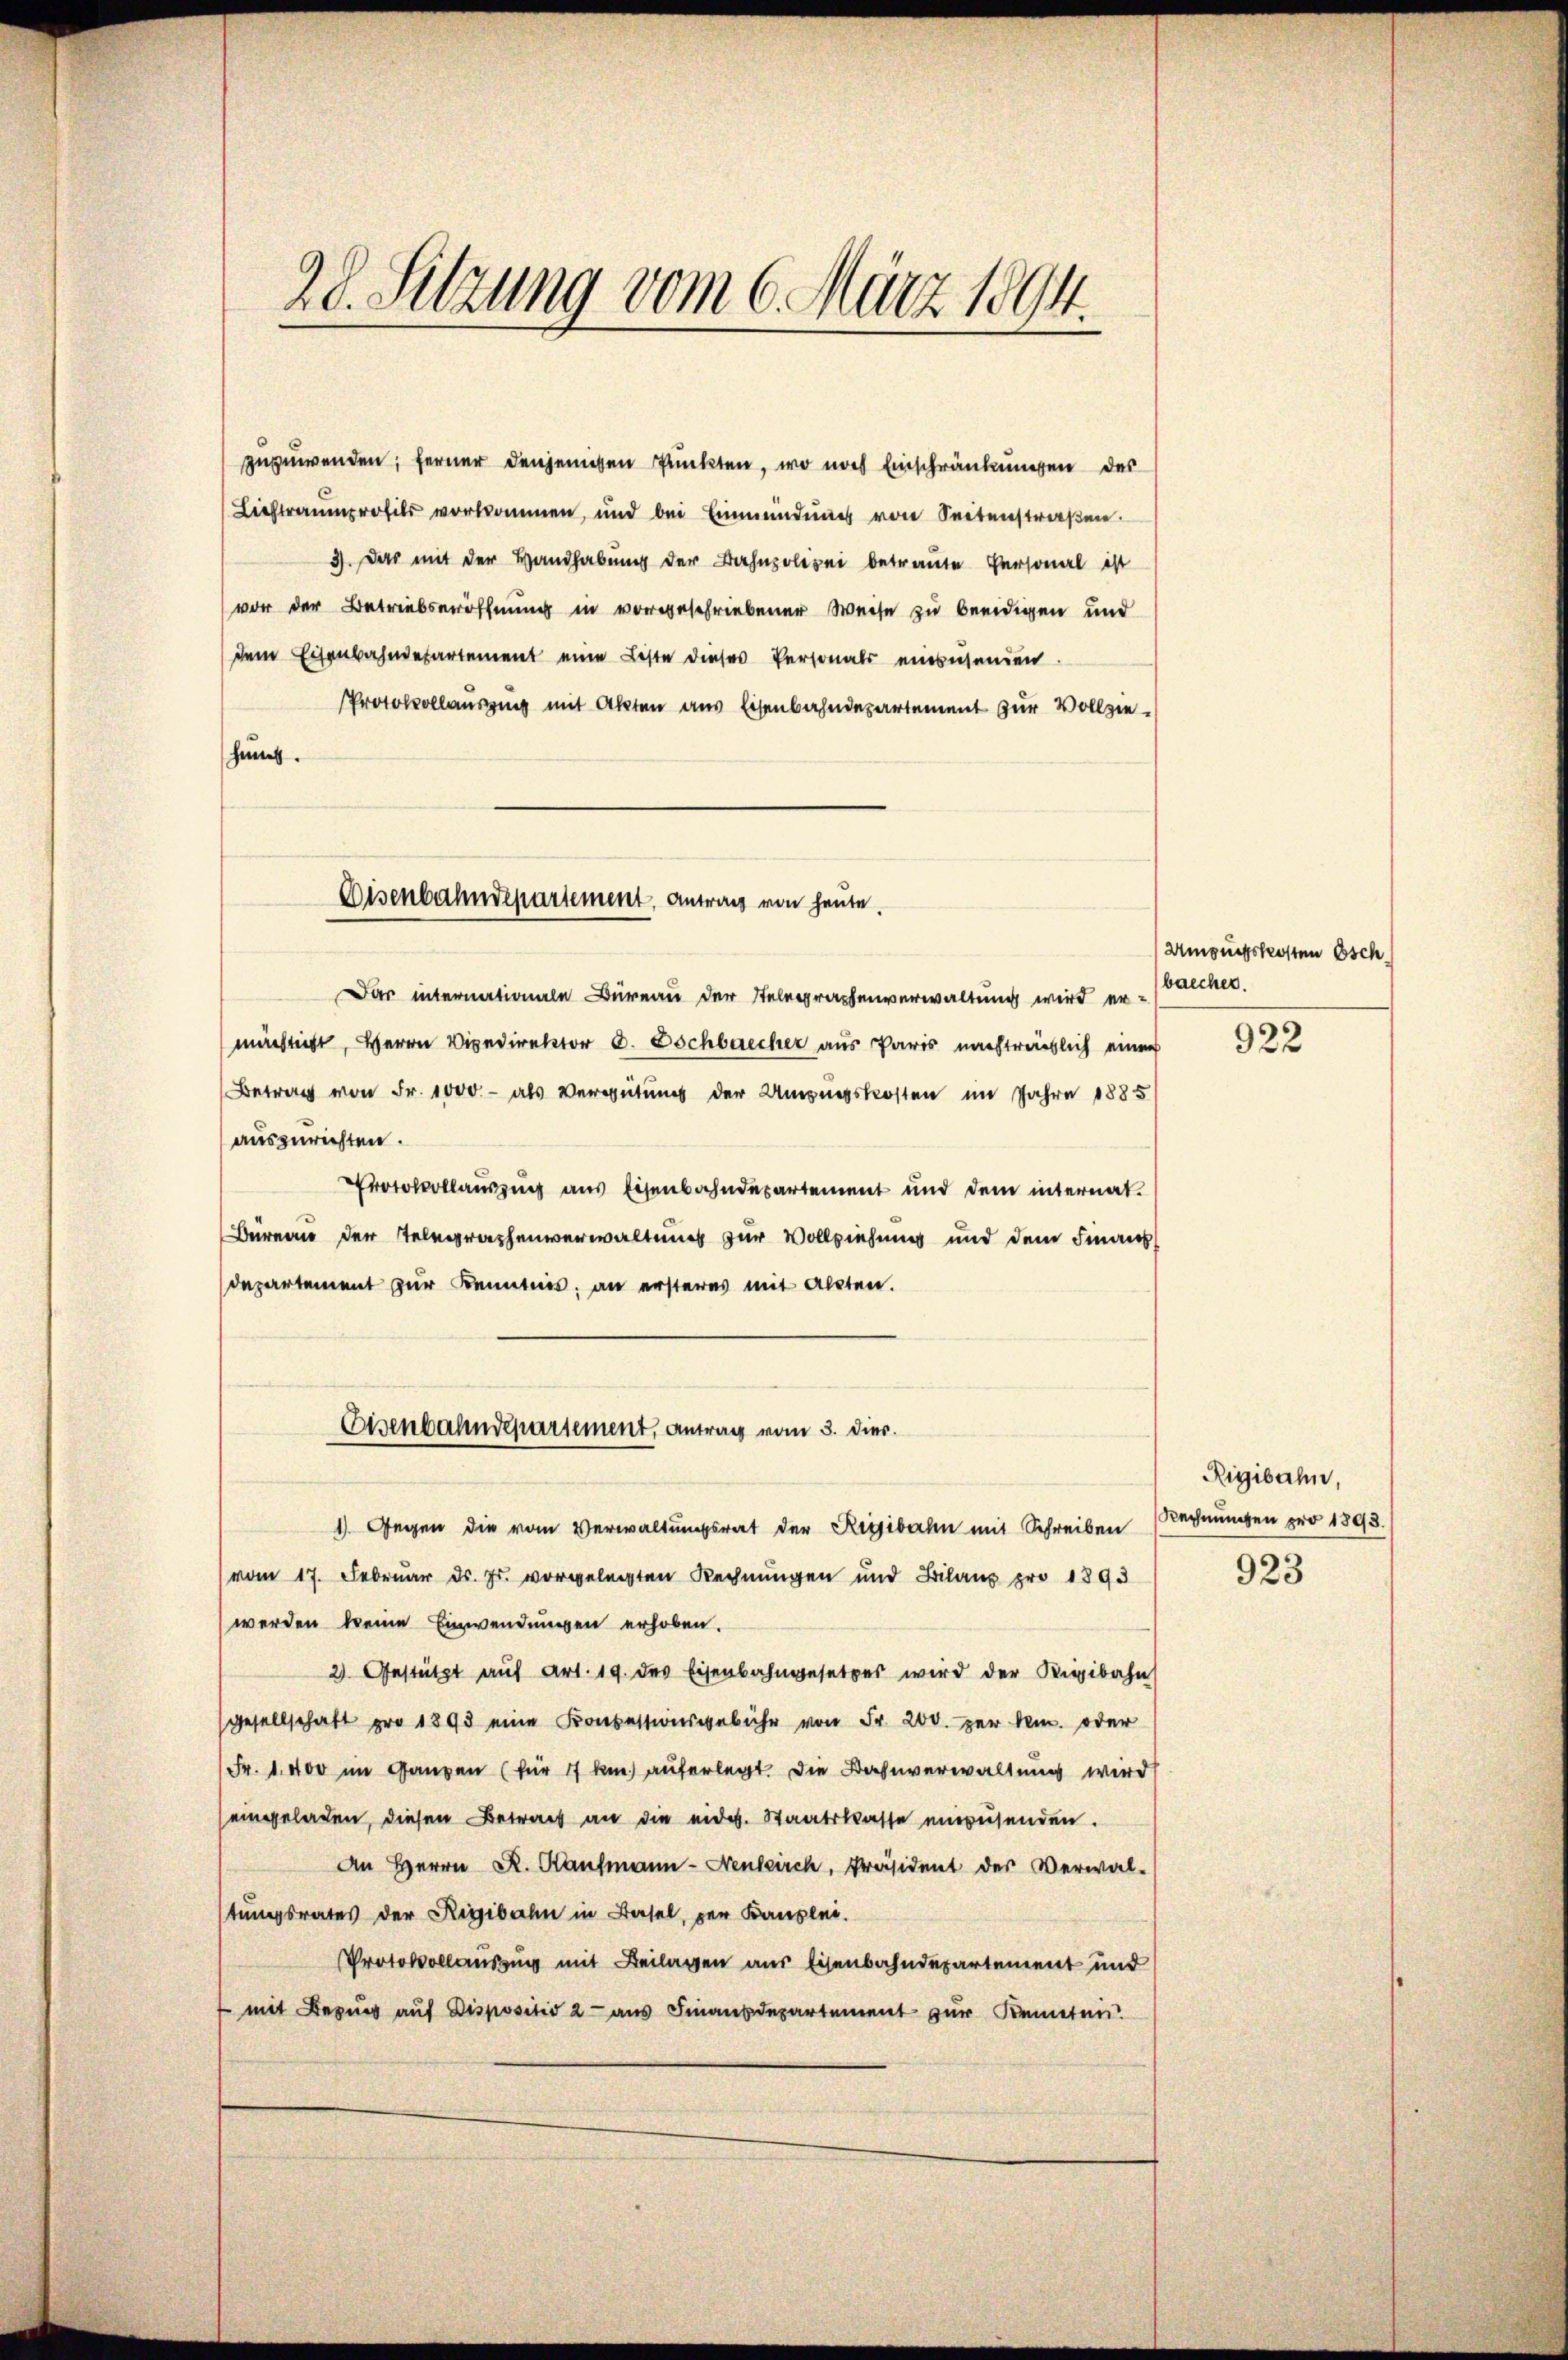
zuzuwenden; ferner denjenigen Punkten, wo nach Einschränkungen des
Liehtraumprofils vorkommen, und bei Einmündŭng von Seitenstraßen.
3). Das mit der Handhabung der Bahnpolizei betraute Personal ist
vor der Betriebseröffnung in vorgeschriebener Weise zu beeidigen und
dem Eisenbahndepartement eine Beste dieses Personals einzusenden.
Protokollausung mit Akten aus Eisenbahndepartement zur Vollziehun.

28. Setzung vom 6. März 1894.

Eisenbahndepartement. Antrag von heute.

Eisenbahndepartement, antrag vom 3. Dier.

Das internationale Büreau der Telegraphenverwaltung wird ermächtigt, Herrn Vipedirektor C. Dochbarecher aus Paris nachträglich einen
Betrag von Fr. 1000.- als Vergütung der Ungungskosten im Jahre 1885
auszurichten.
Protokollauszug aus Eisenbahndepartement und dem internat.
Büreau der Telegraphenverwaltung zur Vollziehung und dem Finanzdepartement zur Kenntnis, an ersteres mit alten.

Umgungskosten Osch.
baecher.
922

1) Gegen die vom Verwaltungsrat der Regibahn mit Schreiben Rechnungen pro 1893.
vom 17. Februar ds. Fr. vorgelegten Rechnungen und Bilans pro 189.
werden keine Einwendungen erhoben.
2 Gestützt auf Art. 19. des Eisenbahngesetzes wird der Rigibahn
gesellschaft pro 1898 eine Konzessionsgebühr von Fr. 200. per dem oder
Fr. 1400 im Ganzen (für 17 km auferlegt. Die Bahnverwaltung wird
(eingeladen, diesen Betract an die eidg. Staatskasse einzusenden.
An Herrn R. Kaufmann-Neukirch, Präsident der Verwal-
stungsrates der Rigibahn in Basel, per Kanzlei.
Protokollauszug mit Beilagen aus Eisenbahndepartement und
 mit Bezug auf Dispositio 2 - aus Finanzdepartement zur Kemeten

Rigibahn,
923